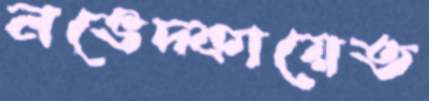
নভেদ্কায়েত